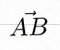
\vec{AB}